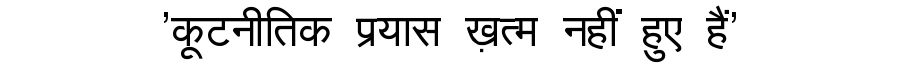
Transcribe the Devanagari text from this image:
'कूटनीतिक प्रयास ख़त्म नहीं हुए हैं'